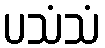
ပသံသံ